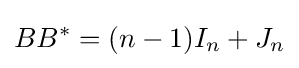
BB^{*}=(n-1)I_{n}+J_{n}